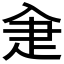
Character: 𤴘